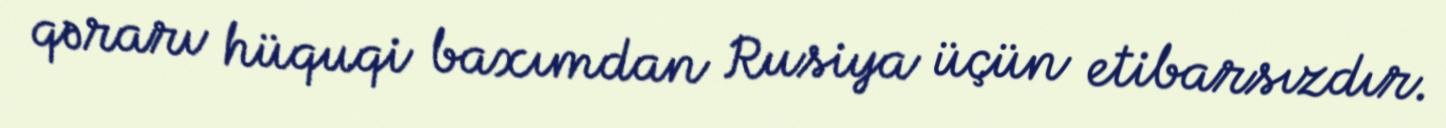
qərarı hüquqi baxımdan Rusiya üçün etibarsızdır.